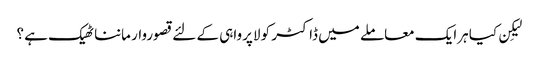
لیکِن کیا ہرایک معاملے میں ڈاکٹر کو لاپرواہی کے لئے قصوروار ماننا ٹھیک ہے ؟